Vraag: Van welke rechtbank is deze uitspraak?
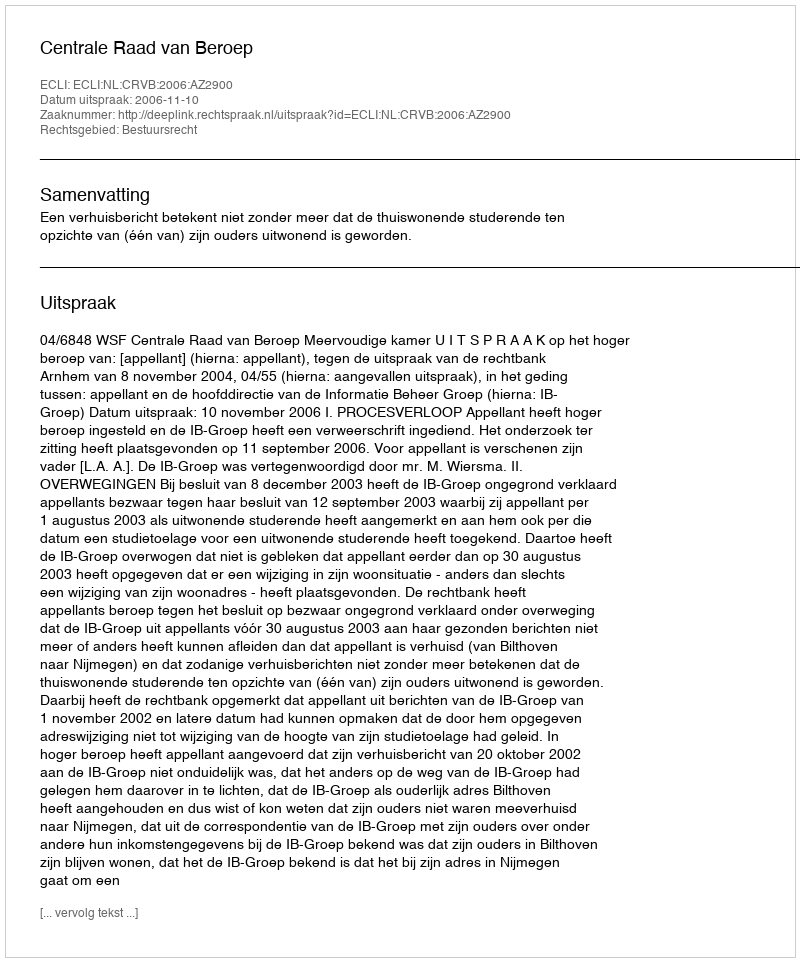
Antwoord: Centrale Raad van Beroep